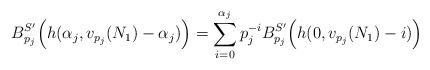
LaTeX: \begin{align*} B_{p_j}^{S'}\Big(h(\alpha_j, v_{p_j}(N_1)-\alpha_j)\Big)=\sum_{i=0}^{\alpha_j}p_j^{-i} B_{p_j}^{S'}\Big(h(0, v_{p_j}(N_1)-i)\Big)\end{align*}